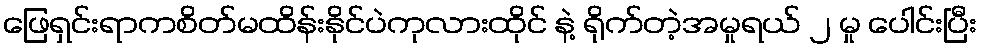
ဖြေရှင်းရာကစိတ်မထိန်းနိုင်ပဲကုလားထိုင် နဲ့ ရိုက်တဲ့အမှုရယ် ၂ မှု ပေါင်းပြီး